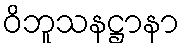
ဝိဘူသနဋ္ဌာနာ